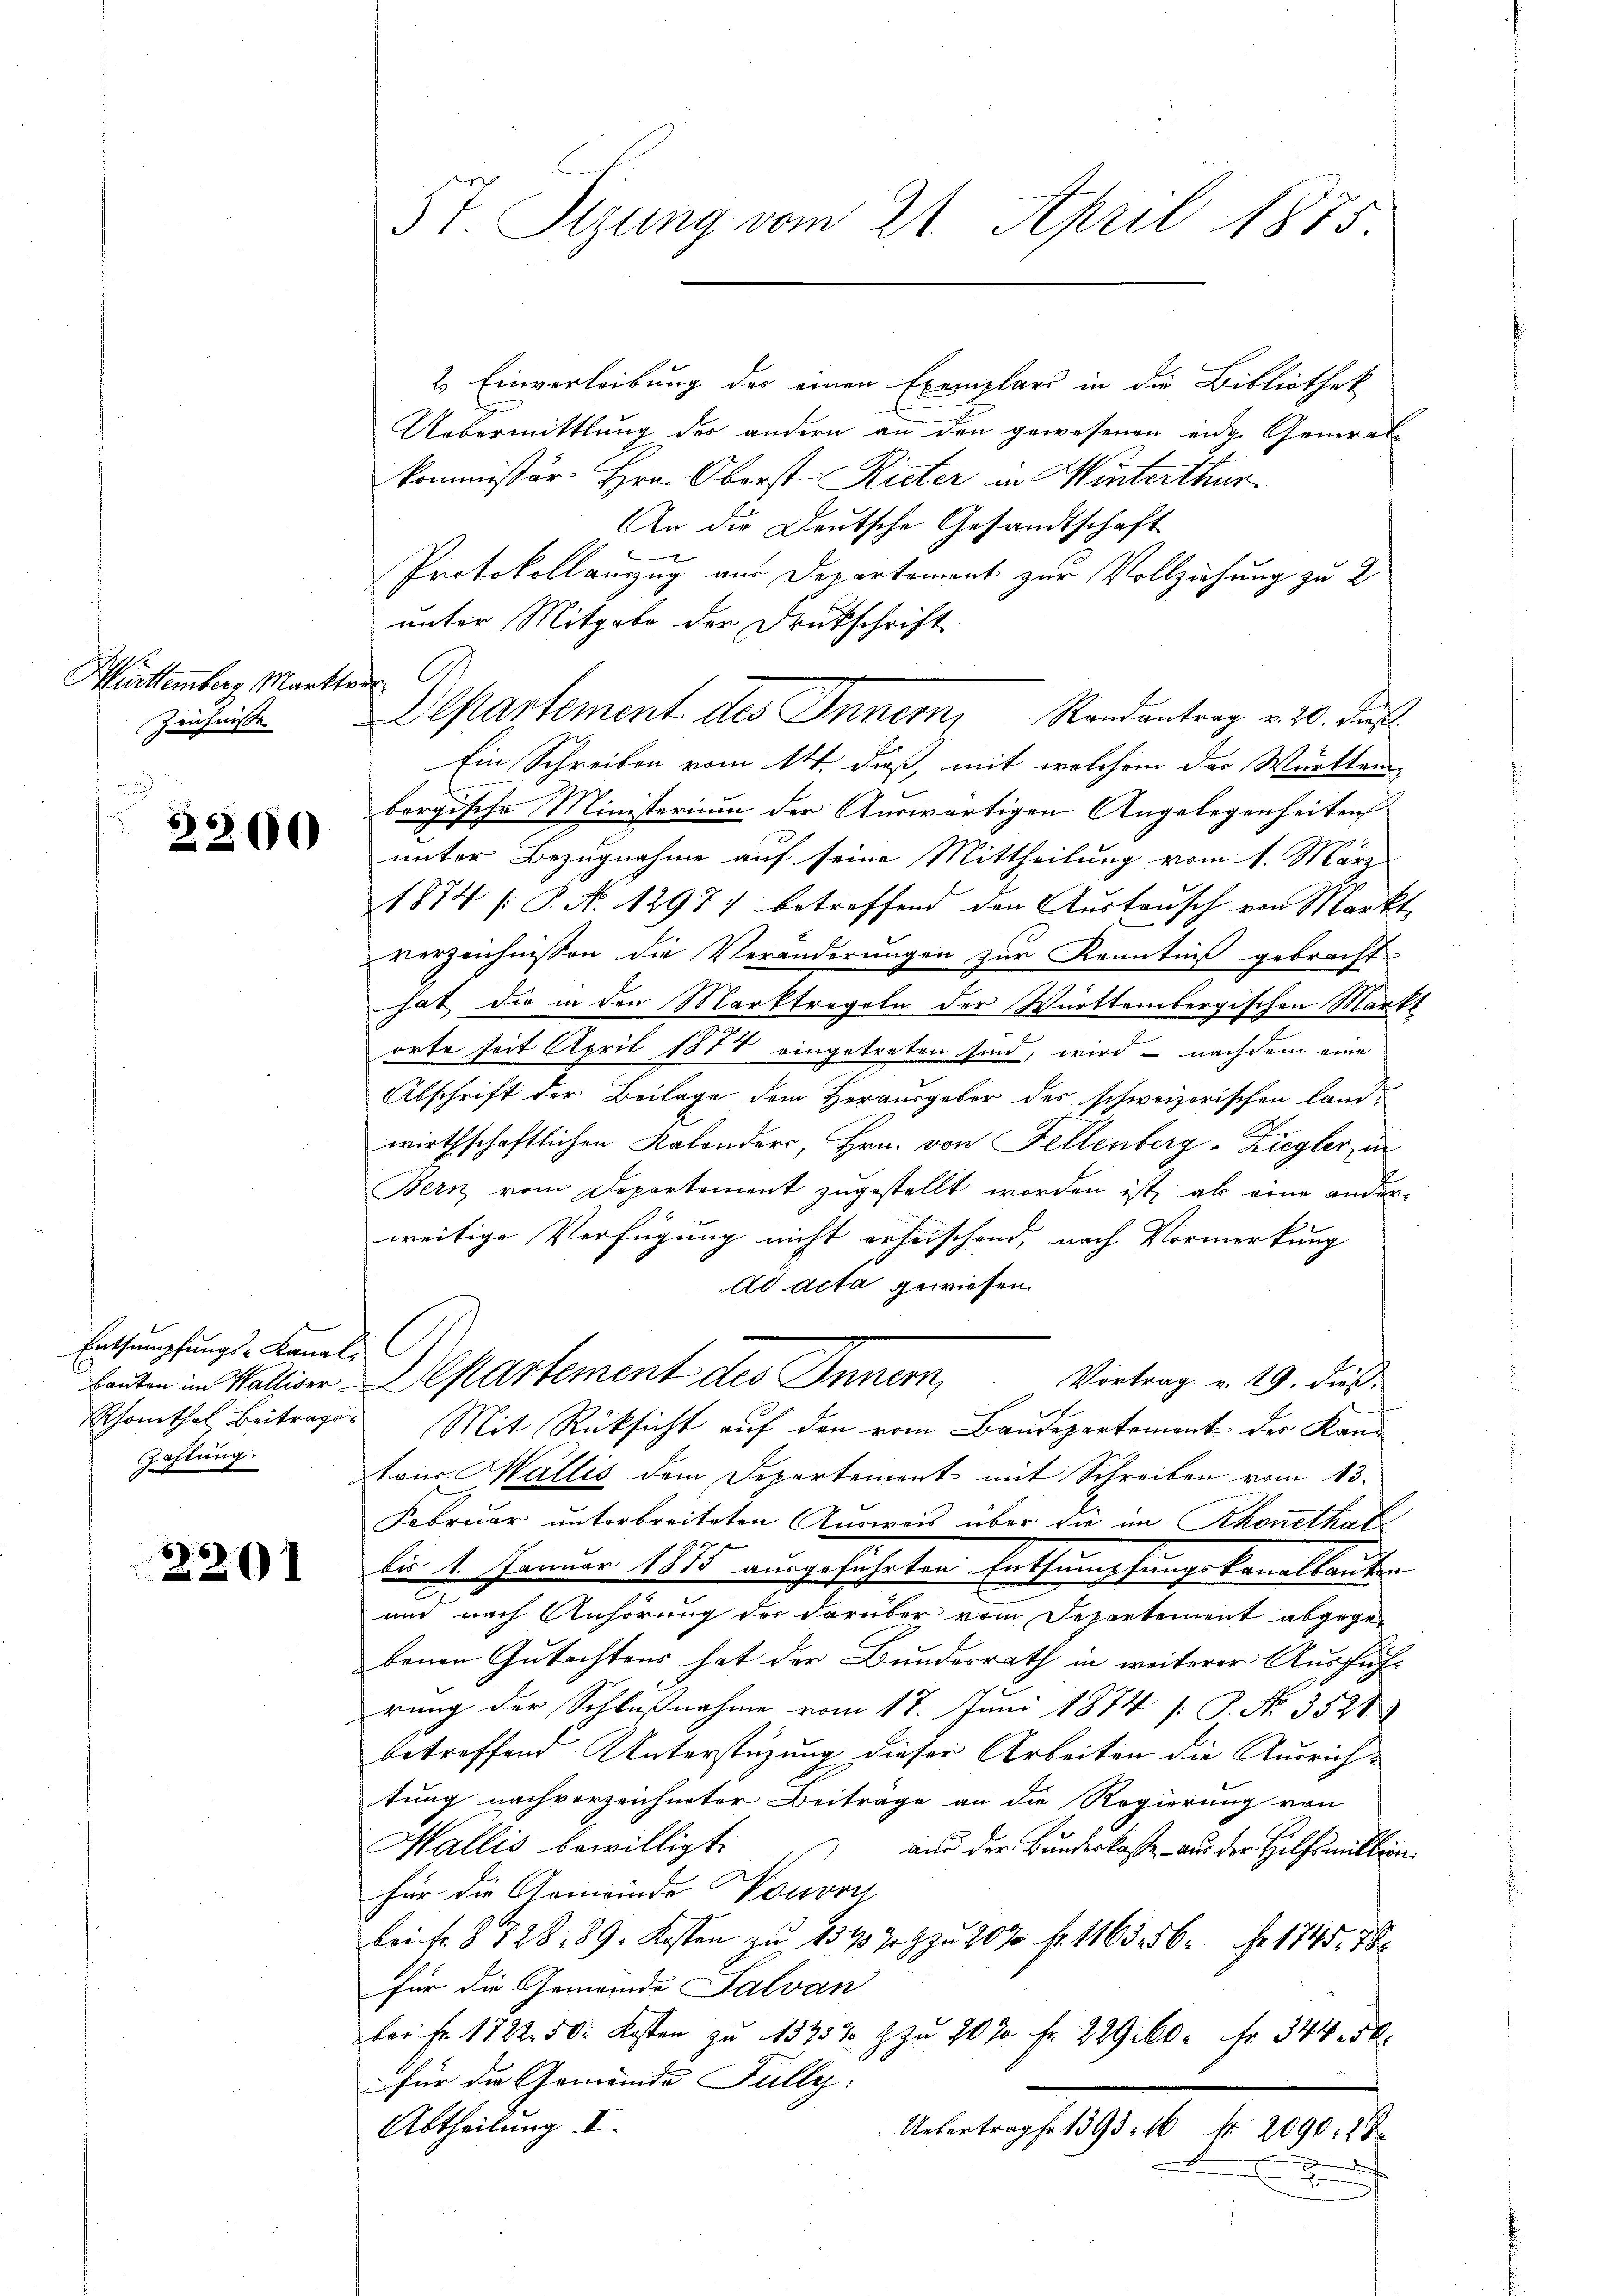
Mürttemberg Markto
Zeichnisse

6

Entsumpfungs-Kanal-
Zahlung.

2201

200

5t Sizung vom 21. April 1875.

2) Einverleibung des einen Exemplars in die Bibliothek
Uebermittlung der andern an den gewesenen eidg. General-
kommissor Hrn. Oberst Rieter in Winterthur
An die Deutsche Gesandtschaft
Protokollanzug aus Departement zur Vollziehung zu 2
unter Mitgabe der Druckschrift
r
Departement des Inner, Randantrag v. 20. Fuß
Ein Schreiben vom 14. dieß, mit welchem der Württem-
bergische Ministerium der Auswärtigen Angelegenheiten
unter Bezugnahme auf seine Mittheilung vom 1. März
1874 /: P. No 1297) betreffend den Austausch von Markt
verzeichnissen die Veränderungen zur Kenntniß gebracht
hat die in den Marktregeln der Württembergischen Markt
orte seit April 1877 eingetreten sind, wird nachdem eine
Abschrift der Beilage dem Herausgeber des schweizerischen Land-
wirthschaftlichen Kolonders, Hrn. von Fellenberg-Ziegler, in
Bern vom Departement zugestellt worden ist, als eine ander-
weitige Verfügung nicht erheischend, nach Vormerkung |
ad acta gewiesen.
leuten im Mattine Departement des Innern,
Vortrag v. 19. dieß.
Schönthal Beitrages Mit Rücksicht auf den vom Baudepartemont der Kantons Wallis dem Departement mit Schreiben vom 13.
Februar unterbreiteten Ausweis über die im Rhonethat
die 1. Januar 1885 ausgeführten Entsumpfungskonellanter
und nach Anhörung des darüber vom Departement abgegebenen Gutachtens hat der Bundesrath in weiterer Ausführung der Schlußnahme vom 17. Juni 1874 [P. Nr. 3528
betreffend Unterstützung dieser Arbeiten die Ausrich-
tung nach vorzeichneter Beiträge an die Regierung von
Wallis bewilligt.
aus der Bundeskasse aus der Hilfsmiltion.
für die Gemeinde Nouvri
Leife. § 728. 89. Kosten zu 154. 709 zu 207 f. 1163. 56. Fr. 1845, 780
für die Gemeinde Salvan
bei fr. 1722. 50. Kosten zu 115257 Z. zu 20 % Fr. 229 60. Fr. 344 15 x
für die Gemeinde Fully:
Abtheilung I.
Uebertrage 1393. 16 f. 2090. 28
B